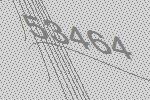
53464